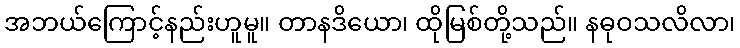
အဘယ်ကြောင့်နည်းဟူမူ။ တာနဒိယော၊ ထိုမြစ်တို့သည်။ နဓုဝသလိလာ၊